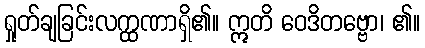
ရှုတ်ချခြင်းလက္ထဏာရှိ၏။ ဣတိ ဝေဒိတဗ္ဗော၊ ၏။